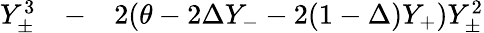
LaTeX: \begin{array}{rlr}{Y_{\pm}^{3}}&{{}-}&{2(\theta-2\Delta Y_{-}-2(1-\Delta)Y_{+})Y_{\pm}^{2}}\end{array}